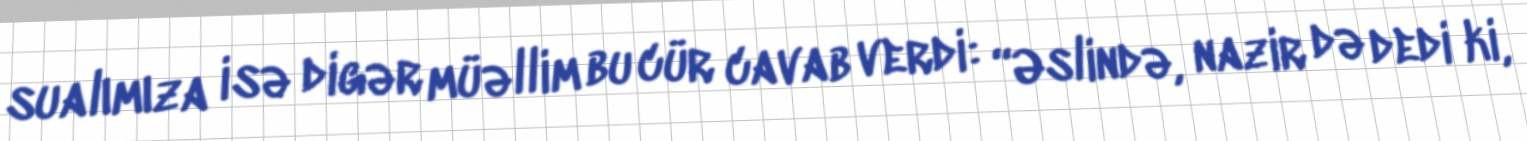
sualımıza isə digər müəllim bu cür cavab verdi: “Əslində, nazir də dedi ki,